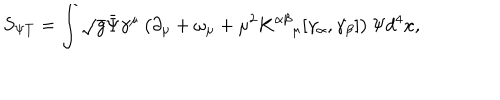
LaTeX: S _ { \Psi T } = \int \sqrt { g } { \bar { \Psi } } \gamma ^ { \mu } \left( \partial _ { \mu } + \omega _ { \mu } + \mu ^ { 2 } K ^ { \alpha \beta } { } _ { \mu } [ \gamma _ { \alpha } , \gamma _ { \beta } ] \right) \Psi d ^ { 4 } x ,